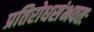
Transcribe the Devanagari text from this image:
प्रतिरोधसंभवतः